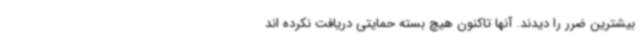
بیشترین ضرر را دیدند. آنها تاکنون هیچ بسته حمایتی دریافت نکرده اند